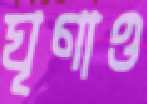
ঘৃণাও